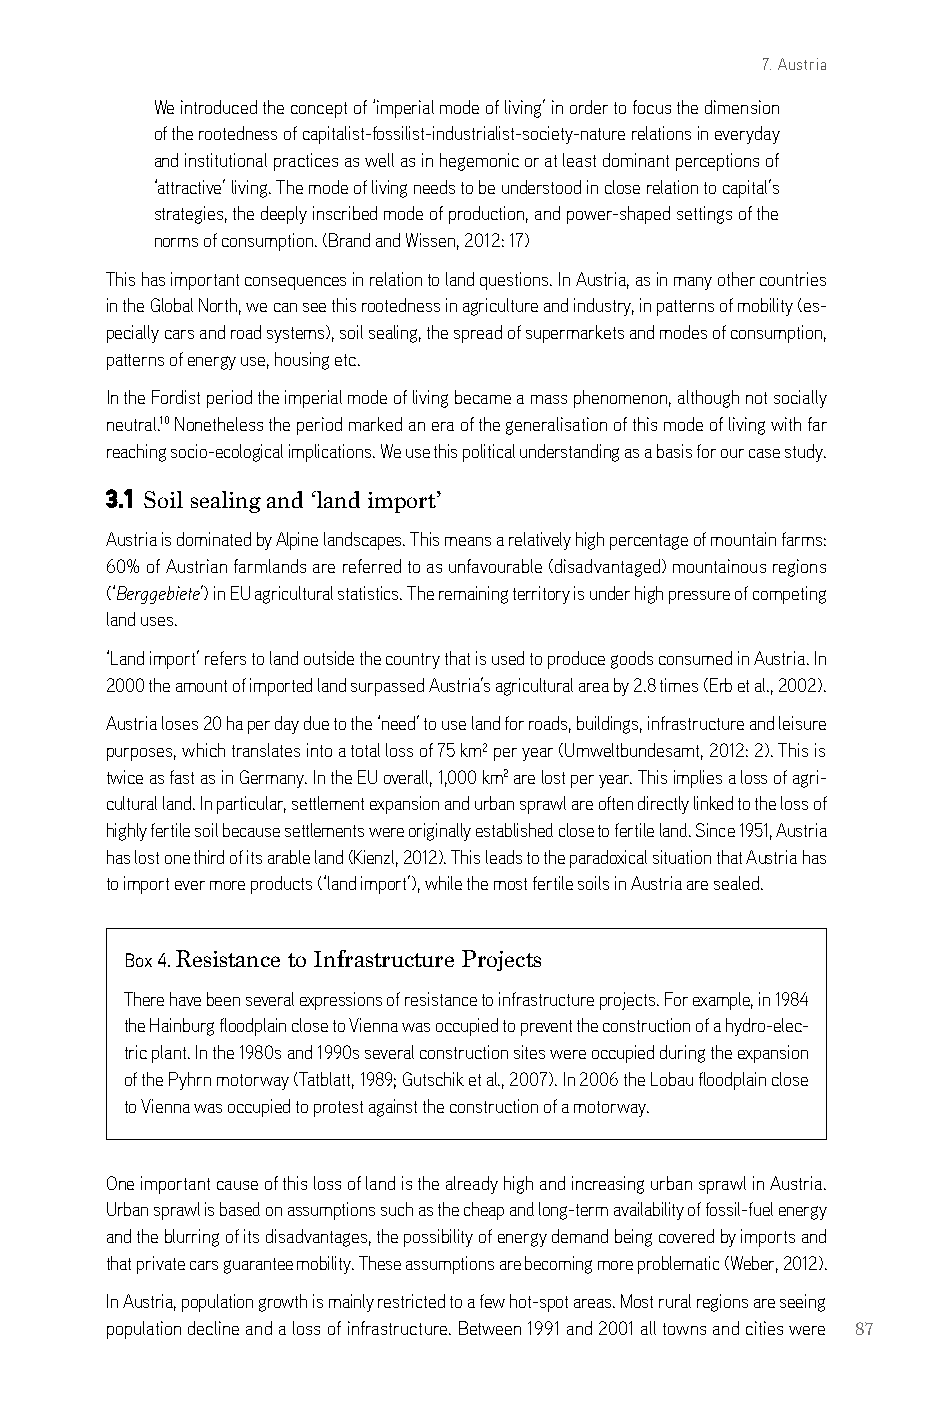
7. Austria
 We introduced the concept of ‘imperial mode of living’ in order to focus the dimension
 of the rootedness of capitalist-fossilist-industrialist-society-nature relations in everyday
 and institutional practices as well as in hegemonic or at least dominant perceptions of
 ‘attractive’ living. The mode of living needs to be understood in close relation to capital’s
 strategies, the deeply inscribed mode of production, and power-shaped settings of the
 norms of consumption. (brand and Wissen, 2012: 17)
 This has important consequences in relation to land questions. in austria, as in many other countries
 in the global north, we can see this rootedness in agriculture and industry, in patterns of mobility (es-
 pecially cars and road systems), soil sealing, the spread of supermarkets and modes of consumption,
 patterns of energy use, housing etc.
 in the Fordist period the imperial mode of living became a mass phenomenon, although not socially
 neutral.10 nonetheless the period marked an era of the generalisation of this mode of living with far
 reaching socio-ecological implications. We use this political understanding as a basis for our case study.
 3.1 Soil sealing and ‘land import’
 austria is dominated by alpine landscapes. This means a relatively high percentage of mountain farms:
 60% of austrian farmlands are referred to as unfavourable (disadvantaged) mountainous regions
 (‘Berggebiete’) in eU agricultural statistics. The remaining territory is under high pressure of competing
 land uses.
 ‘land import’ refers to land outside the country that is used to produce goods consumed in austria. in
 2000 the amount of imported land surpassed austria’s agricultural area by 2.8 times (erb et al., 2002).
 austria loses 20 ha per day due to the ‘need’ to use land for roads, buildings, infrastructure and leisure
 purposes, which translates into a total loss of 75 km² per year (Umweltbundesamt, 2012: 2). This is
 twice as fast as in germany. in the eU overall, 1,000 km2 are lost per year. This implies a loss of agri-
 cultural land. in particular, settlement expansion and urban sprawl are often directly linked to the loss of
 highly fertile soil because settlements were originally established close to fertile land. since 1951, austria
 has lost one third of its arable land (kienzl, 2012). This leads to the paradoxical situation that austria has
 to import ever more products (‘land import’), while the most fertile soils in austria are sealed.
 Box 4. Resistance to Infrastructure Projects
 There have been several expressions of resistance to infrastructure projects. For example, in 1984
 the Hainburg floodplain close to Vienna was occupied to prevent the construction of a hydro-elec-
 tric plant. in the 1980s and 1990s several construction sites were occupied during the expansion
 of the Pyhrn motorway (Tatblatt, 1989; gutschik et al., 2007). in 2006 the lobau floodplain close
 to Vienna was occupied to protest against the construction of a motorway.
 one important cause of this loss of land is the already high and increasing urban sprawl in austria.
 Urban sprawl is based on assumptions such as the cheap and long-term availability of fossil-fuel energy
 and the blurring of its disadvantages, the possibility of energy demand being covered by imports and
 that private cars guarantee mobility. These assumptions are becoming more problematic (Weber, 2012).
 in austria, population growth is mainly restricted to a few hot-spot areas. Most rural regions are seeing
 population decline and a loss of infrastructure. between 1991 and 2001 all towns and cities were 87